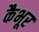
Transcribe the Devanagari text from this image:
कैभूर